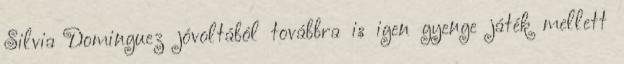
Silvia Dominguez jóvoltából továbbra is igen gyenge játék mellett